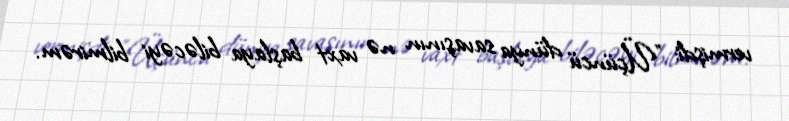
vermişdi: "Üçüncü dünya savaşının nə vaxt başlaya biləcəyi bilmirəm.